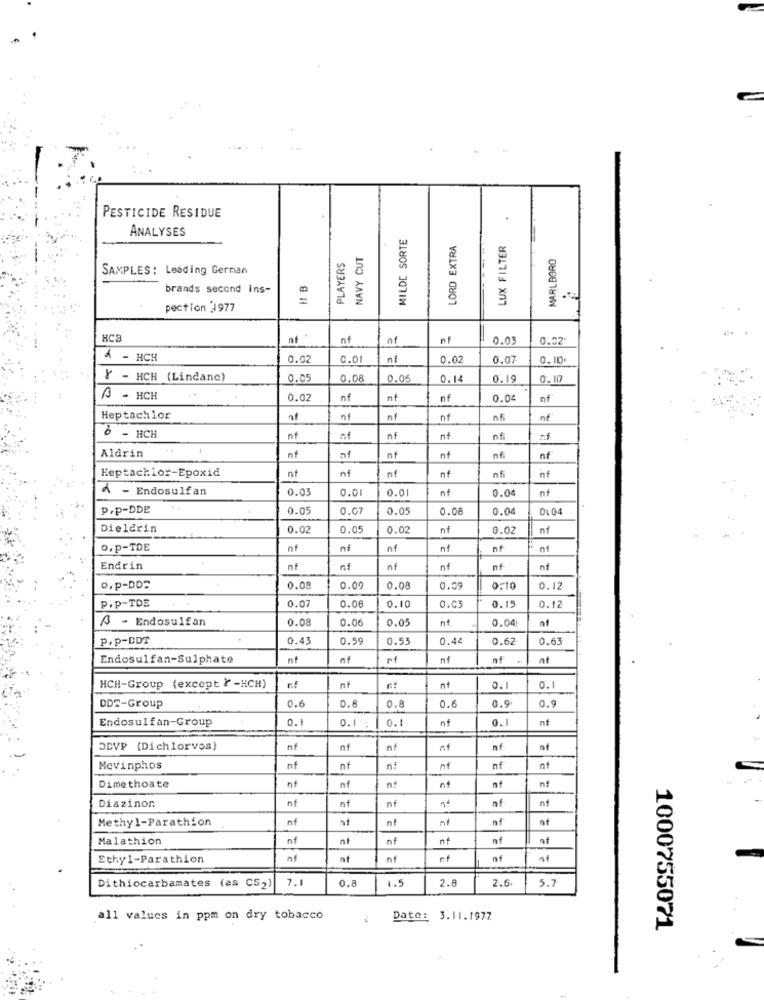
PESTICIDE RESIDUE
ANALYSES
MILDE SORTE
LORD EXTRA
LUX FILTER
NAVY CUT
MARLBORO
PLAYERS
SAMPLES: Leading German
I B
brands second ins-
pection 1977
HCB
nf
nf
nf
nf
2.03
0.02"
4 - HCH
0.02
C.01
0.02
0.07
0.110.
Y - HCH (Lindanc)
0.0
0.08
0.05
0.14
0.19
0.117
3 - HCH
0.02
nf
nf
nf
0.04
nf
Heptachlor
nº
nf
nf
nf
6 - HCH
nf
nf
nf
n
nf
-1
Aldrin
nf
nf
nf
n
nf
nf
nf
nf
Heptachlor-Epoxid
nf
nf
nf
A - Endosulfan
0.03
0.01
0.01
nt
0.04
nf
p.p-DDE
0.05
0.07
0.0
0.08
0.04
Dieldrin
0.02
0.05
0.02
nt
0.02
nf
o.p-TDE
nf
nf
nf
Endrin
nf
nf
nf
nf
nf
nf
o.p-DDS
0.0
0.09
0.0
0.09
0.12
P.P-TDE
0.0
0.08
0.10
0.03
0.15
0.12
3 - Endosulfan
0.08
0.06
0.05
nf
0.04
nf
p.p-DDT
0.43
0.59
0.5
0.44
0.62
0.63
Endosulfan-Sulphate
nf
nf
nf
nf
HCH-Group (except }-HCH)
nº
0.1
0.1
0.6
0.9
DDS-Group
0.8
0.8
0.6
0.9
Endosulfan-Group
0.1
0.1 :
0.1
0.1
nt
nf
ODVP (Dichlorvos)
nf
nf
af
nf
nf
Mcvinphos
nf
nf
n#
nf
nf
Dime thoate
nf
nf
nt
nf
Diazinor
nf
nf
nf
nf
nf
Methyl-Parathion
nf
nt
nf
af
Malathion
nf
nt
nf
nf
nt
Ethyl-Parathion
nf
nf
nf
0.8
1.5
2.8
2.6.
Dithiocarbamates (as CS2)
7.1
5.7
all values in ppm on dry tobacco
Date: 3.11.1977
1000755071